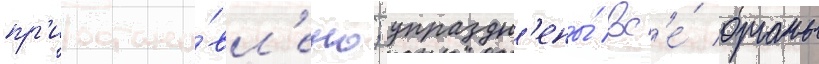
пр'иостано́вл'ено; упраздн'ены́ вс'е́ органы